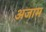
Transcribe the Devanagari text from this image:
अजाम